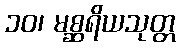
၁၀၊ မစ္ဆရိယသုတ္တ